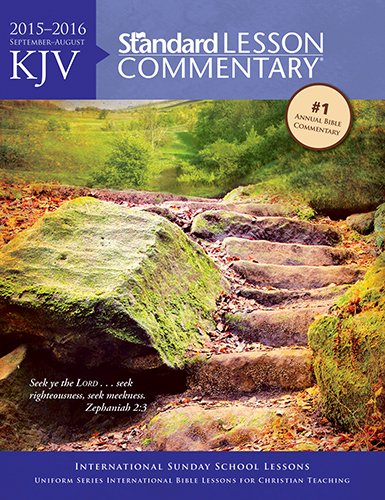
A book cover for KJV Standard Lesson CommentaryÂ® 2015-2016; Standard Publishing; Christian Books & Bibles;